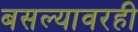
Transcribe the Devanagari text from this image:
बसल्यावरही